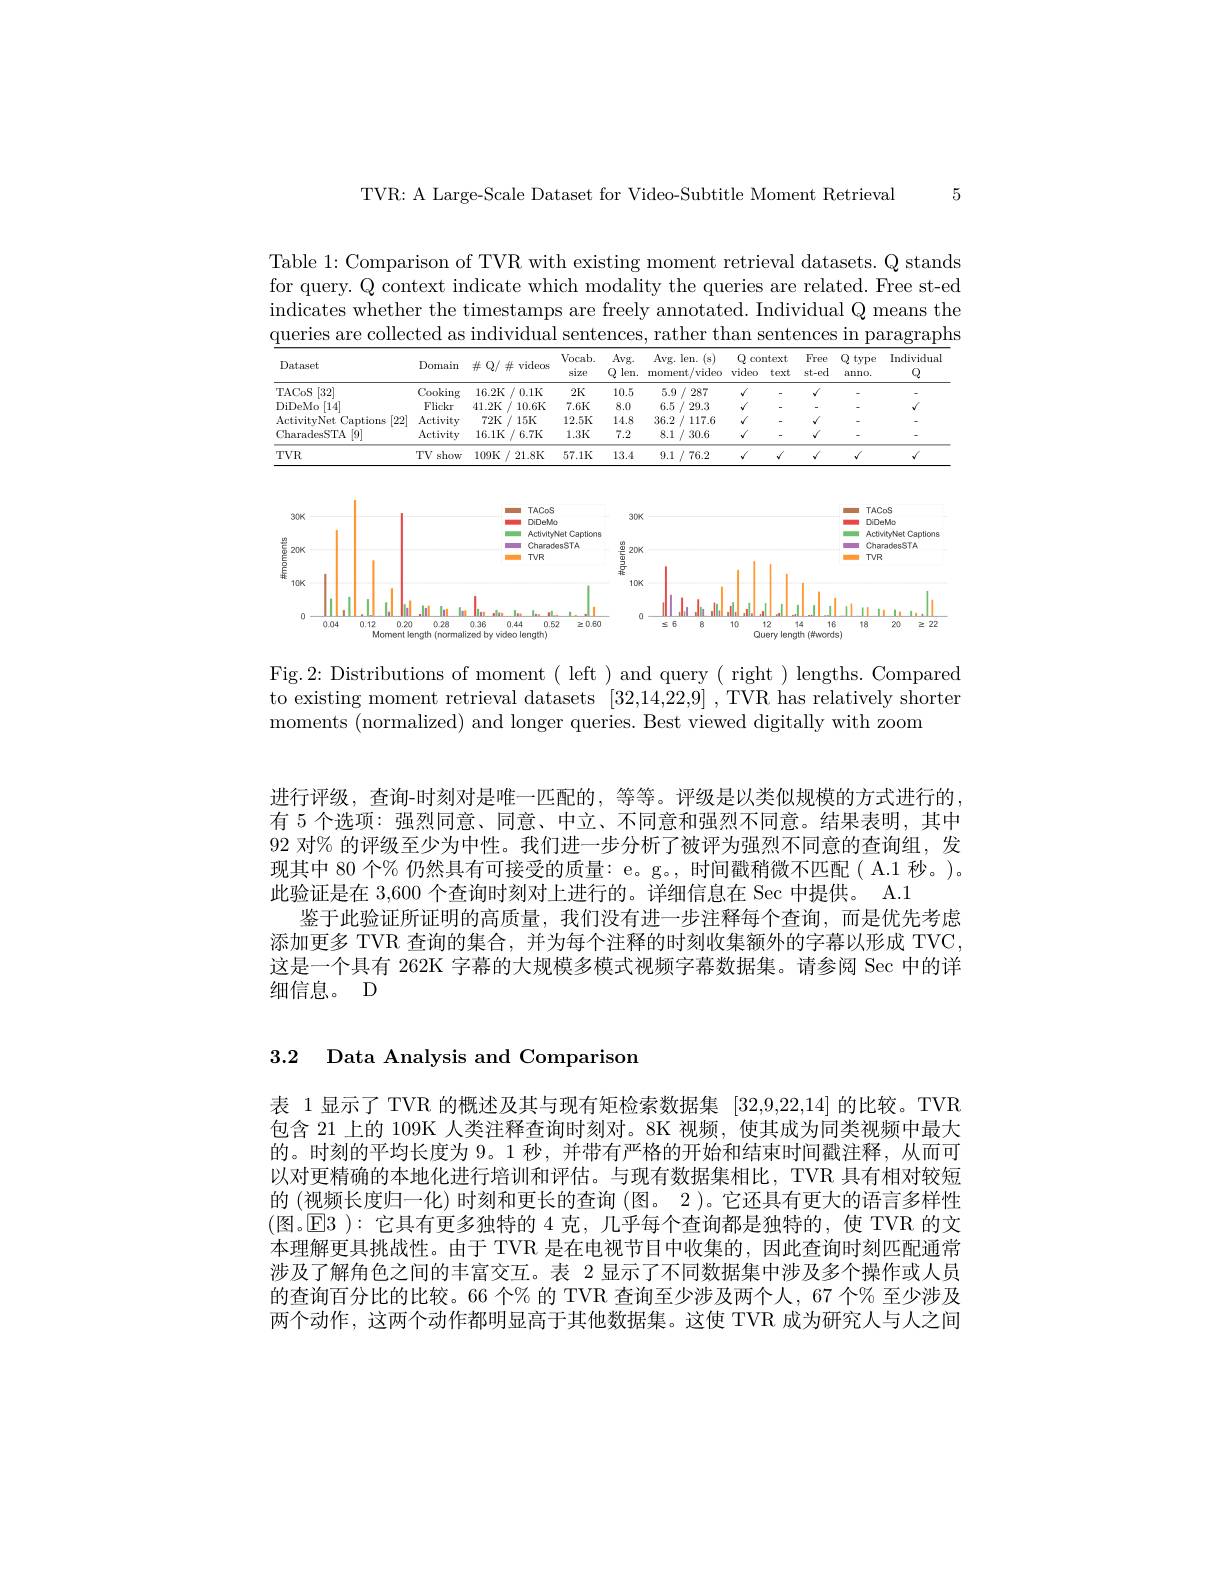
TVR: A Large-Scale Dataset for Video-Subtitle Moment Retrieval 5

Table 1: Comparison of TVR with existing moment retrieval datasets. Q stands for query. Q context indicate which modality the queries are related. Free st-ed indicates whether the timestamps are freely annotated. Individual Q means the $\underline{\text{queries are collected as individual sentences, rather than sentences in paragraphs}}$

<table>
	<tbody>
		<tr>
			<th>Dat.aset</th>
			<th>Domain</th>
			<th>$\#$ Q/ 并 videos</th>
			<th>Vocab. size</th>
			<th>Avg. Q len.</th>
			<th>Avg. len. (s) moment/video</th>
			<th colspan="2">$Q$ context video text</th>
			<th>Free st-ed</th>
			<th>Q type anno.</th>
			<th>$\operatorname{Individua}$ $\mathbb{Q}$</th>
		</tr>
		<tr>
			<td>TACoS [32]</td>
			<td>Cooking</td>
			<td>16.2K /0.1K</td>
			<td>$2K$</td>
			<td>10.5</td>
			<td>5.9/ 287</td>
			<td>$√$</td>
			<td>-</td>
			<td>$√$</td>
			<td> </td>
			<td> </td>
		</tr>
		<tr>
			<td>DiDeMo [14]</td>
			<td>Flickr</td>
			<td>41.2K 10.6K</td>
			<td>$7.6K$</td>
			<td>8.0</td>
			<td>6.5 / 29.3 </td>
			<td>$√$</td>
			<td>-</td>
			<td>-</td>
			<td> </td>
			<td>$√$</td>
		</tr>
		<tr>
			<td>[22] ActivitvNet Captions</td>
			<td>Activity</td>
			<td>72K /15K $\frac{1}{2}=\frac{1}{2}=\frac{1}{2}$</td>
			<td>12.5K</td>
			<td>14.8</td>
			<td>36.2 / 117.6</td>
			<td>$√$</td>
			<td>-</td>
			<td>$√$</td>
			<td> </td>
			<td> </td>
		</tr>
		<tr>
			<td>CharadesSTA [9]</td>
			<td>Activity</td>
			<td>16.1K ${\boldsymbol{\kappa}}/6.7$K</td>
			<td>$1.3K$</td>
			<td>7.2</td>
			<td>8.1/30.6</td>
			<td>$√$</td>
			<td>-</td>
			<td>$√$</td>
			<td> </td>
			<td> </td>
		</tr>
		<tr>
			<td>$TVR$</td>
			<td>$TV$ show</td>
			<td>$109K$ 21.8K 1.</td>
			<td>57.1K</td>
			<td>13.4</td>
			<td>9.1 /76.2 1</td>
			<td>$√$</td>
			<td>$√$</td>
			<td>$√$</td>
			<td>$√$</td>
			<td>$√$</td>
		</tr>
	</tbody>
</table>

<FigureHere>

Fig.2: Distributions of moment ( left ) and query ( right ) lengths. Compared to existing moment retrieval datasets [32,14,22,9] ,TVR has relatively shorten moments (normalized) and longer queries. Best viewed digitally with zoom

进行评级，查询-时刻对是唯一匹配的，等等。评级是以类似规模的方式进行的， 有 5 个选项：强烈同意、同意、中立、不同意和强烈不同意。结果表明，其中92 对% 的评级至少为中性。我们进一步分析了被评为强烈不同意的查询组，发现其中 80 个% 仍然具有可接受的质量：e。g。, 时间戳稍微不匹配( A.1 秒。)。此验证是在 3,600 个查询时刻对上进行的。详细信息在 Sec 中提供。A.1
鉴于此验证所证明的高质量，我们没有进一步注释每个查询，而是优先考虑添加更多 TVR 查询的集合，并为每个注释的时刻收集额外的字幕以形成 TVC 这是一个具有 262K 字幕的大规模多模式视频字幕数据集。请参阅 Sec 中的详细信息。D

3.2 Data Analysis and Comparison

表 1显示了 TVR 的概述及其与现有矩检索数据集[32,9,22,14]的比较。TVR 包含 21 上的 109K 人类注释查询时刻对。8K 视频，使其成为同类视频中最大的。时刻的平均长度为 9。1 秒，并带有严格的开始和结束时间戳注释，从而可以对更精确的本地化进行培训和评估。与现有数据集相比，TVR 具有相对较短的 (视频长度归一化) 时刻和更长的查询 (图。2)。它还具有更大的语言多样性(图。E3):它具有更多独特的 4 克，几乎每个查询都是独特的，使 TVR 的文本理解更具挑战性。由于 TVR 是在电视节目中收集的，因此查询时刻匹配通常涉及了解角色之间的丰富交互。表 2 显示了不同数据集中涉及多个操作或人员的查询百分比的比较。66 个% 的 TVR 查询至少涉及两个人，67 个% 至少涉及两个动作，这两个动作都明显高于其他数据集。这使 TVR 成为研究人与人之间